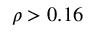
\rho > 0 . 1 6